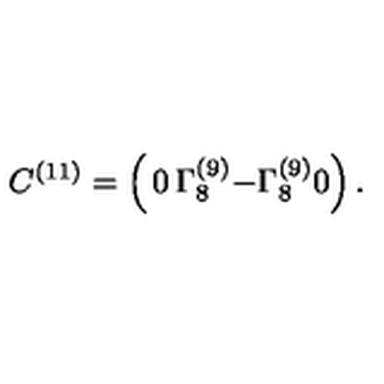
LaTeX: C ^ { ( 1 1 ) } = \left( \begin{matrix} { 0 } & { \Gamma _ { 8 } ^ { ( 9 ) } } \\ { - \Gamma _ { 8 } ^ { ( 9 ) } } & { 0 } \\ \end{matrix} \right) .